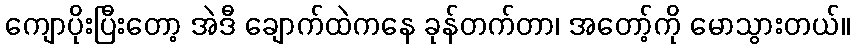
ကျောပိုးပြီးတော့ အဲဒီ ချောက်ထဲကနေ ခုန်တက်တာ၊ အတော့်ကို မောသွားတယ်။